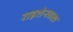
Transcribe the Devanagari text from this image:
राइशेनबाख़